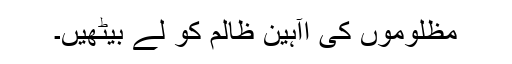
مظلوموں کی اآہین ظالم کو لے بیٹھیں۔